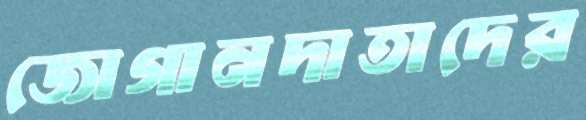
জোগানদাতাদের